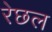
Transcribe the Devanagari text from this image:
रेछल